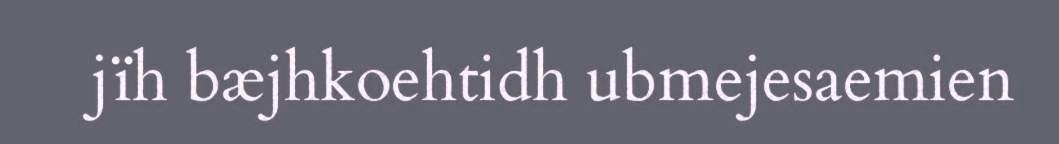
jïh bæjhkoehtidh ubmejesaemien